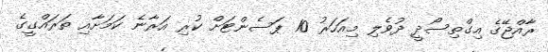
ރާއްޖޭގެ އިގްތިސޯދީ ދުވެލި މިއަހަރު 10 ޕަސެންޓަށް ކުރި އަރާނެ ކަމަށާއި ތަރައްގީގެ